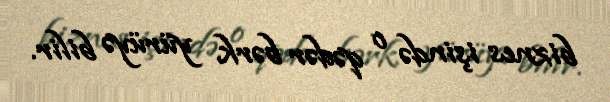
biznes işində o qədər bərk yürüyə bilir.